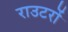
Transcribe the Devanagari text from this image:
राउटरों